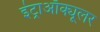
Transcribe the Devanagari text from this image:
इंट्राऑक्यूलर